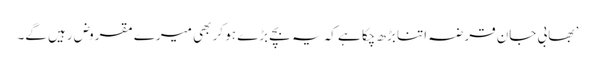
’ بھابی جان قرضہ اتنا بڑھ چکا ہے کہ یہ بچے بڑے ہو کر بھی میرے مقروض رہیں گے۔